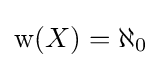
\operatorname {w} (X)=\aleph _{0}